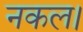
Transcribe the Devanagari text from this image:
नकल।